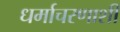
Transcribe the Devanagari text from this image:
धर्माचरणाशी